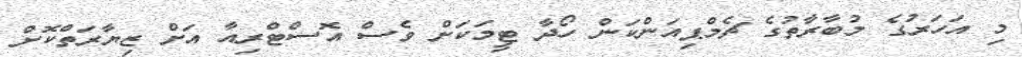
މި އަހަރުގެ މުބާރާތުގެ ޗެމްޕިއަންކަން ހޯދާ ޓީމަކަށް ވެސް އޮސްޓްރިއާ އަށް ޒިޔާރަތްކޮށް